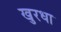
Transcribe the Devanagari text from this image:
खुरधा